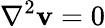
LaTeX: \nabla^{2}\mathbf{v}=0